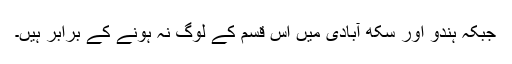
جبکہ ہندو اور سکھ آبادی میں اس قسم کے لوگ نہ ہونے کے برابر ہیں۔